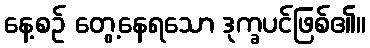
နေ့စဉ် တွေ့နေရသော ဒုက္ခပင်ဖြစ်၏။